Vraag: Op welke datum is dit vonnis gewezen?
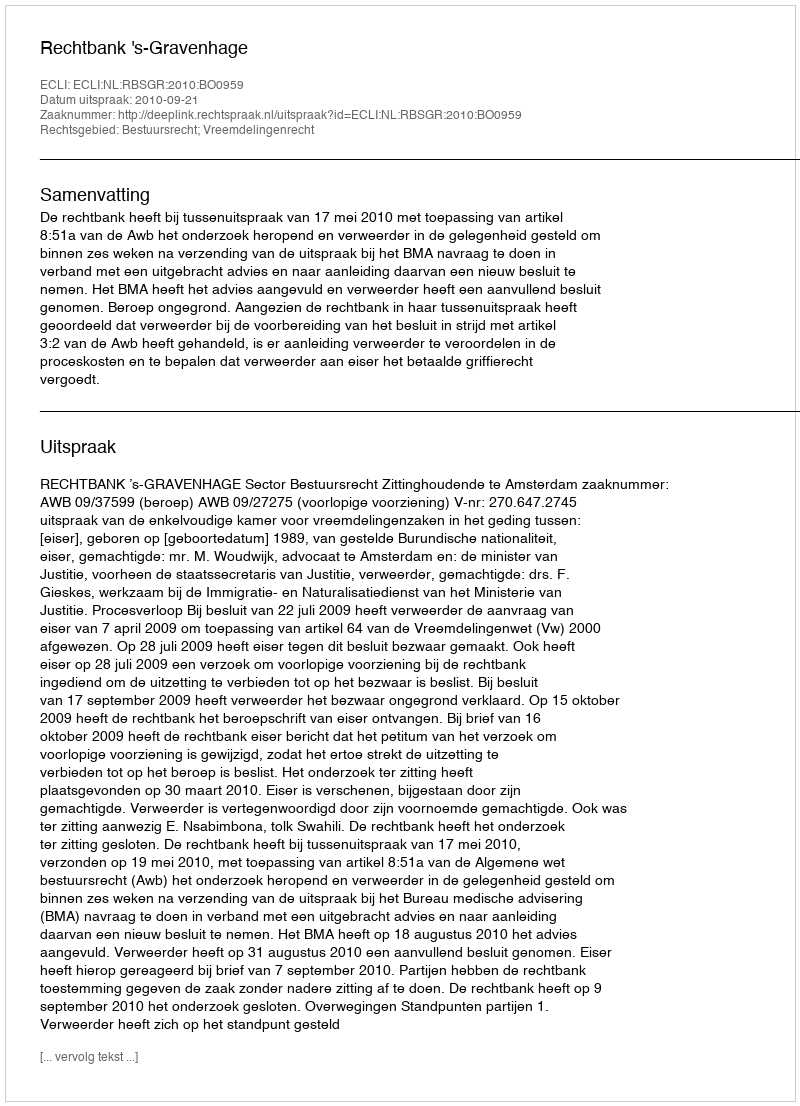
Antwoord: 2010-09-21